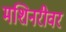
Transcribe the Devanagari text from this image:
मशिनरीवर